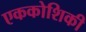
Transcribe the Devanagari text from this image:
एककोशिकी